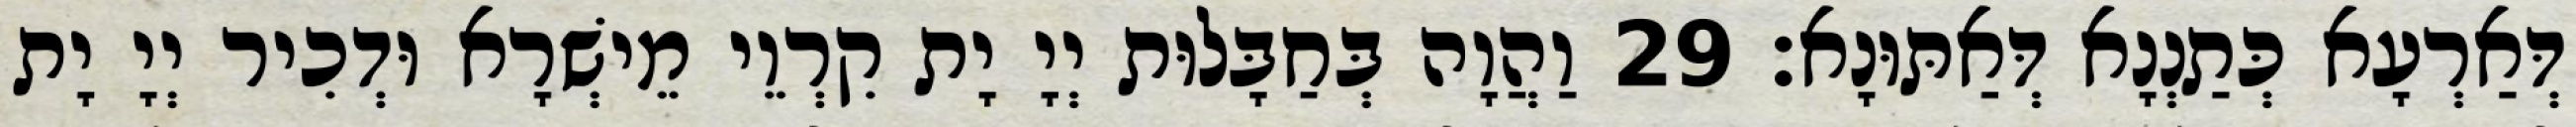
דְּאַרְעָא כְּתַנְנָא דְּאַתּוּנָא׃ 29 וַהֲוָה בְּחַבָּלוּת יְיָ יָת קִרְוֵי מֵישְׁרָא וּדְכִיר יְיָ יָת